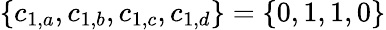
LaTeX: \{ c_{1,a},c_{1,b},c_{1,c},c_{1,d}\} =\{ 0,1,1,0\}